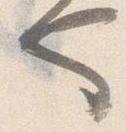
也